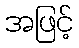
အဖြင့်